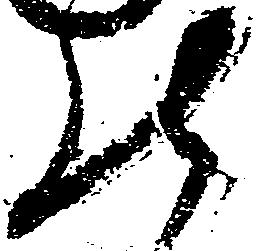
の